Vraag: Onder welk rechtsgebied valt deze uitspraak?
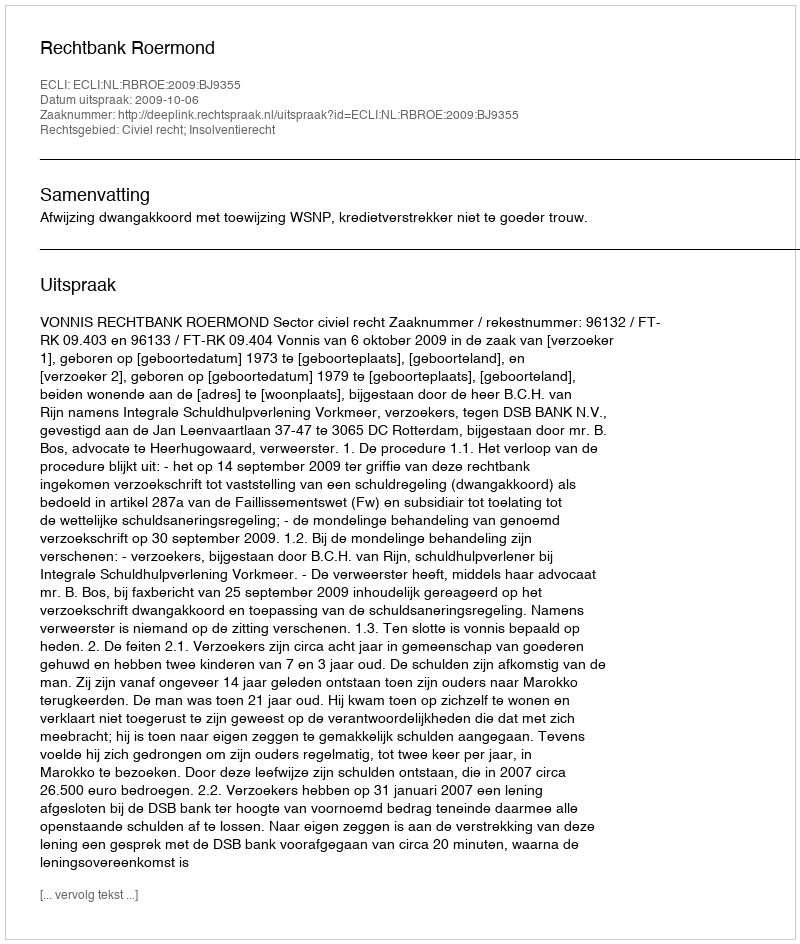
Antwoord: Civiel recht; Insolventierecht